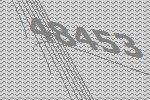
48453